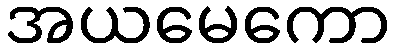
အယမေကော